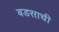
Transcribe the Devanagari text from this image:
बडसाची